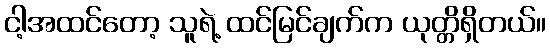
ငါ့အထင်တော့ သူရဲ့ ထင်မြင်ချက်က ယုတ္တိရှိတယ်။